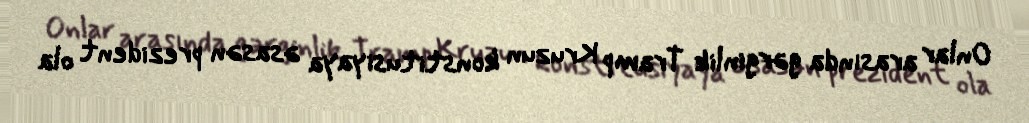
Onlar arasında gərginlik Tramp Kruzun konstitusiyaya əsasən prezident ola